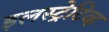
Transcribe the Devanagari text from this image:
इलस्ट्रेटिव्ह